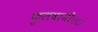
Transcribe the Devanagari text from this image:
फुलवायी।।ं